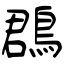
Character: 鵘